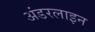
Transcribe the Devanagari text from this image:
अंडरलाइन